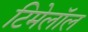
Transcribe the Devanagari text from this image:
टिमेलॉल